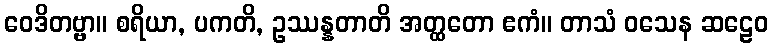
ဝေဒိတဗ္ဗာ။ စရိယာ, ပကတိ, ဥဿန္နတာတိ အတ္ထတော ဧကံ။ တာသံ ဝသေန ဆဠေဝ